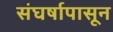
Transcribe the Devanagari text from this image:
संघर्षापासून